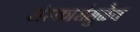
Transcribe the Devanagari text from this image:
संस्कारांमुळेच